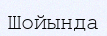
Шойында